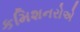
કમિશનરોએ